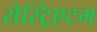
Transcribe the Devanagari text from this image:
सेस्ट्रिएटम